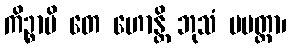
ကိဉ္စာပိ တေ ဟောန္တိ ဘုသံ ပမတ္တာ၊